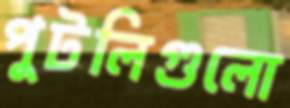
পুটলিগুলো